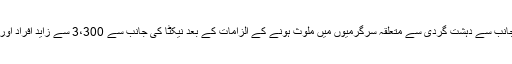
انہوں نے کہا کہ حکام کی جانب سے دہشت گردی سے متعلقہ سرگرمیوں میں ملوث ہونے کے الزامات کے بعد نیکٹا کی جانب سے 3،300 سے زاید افراد اور تنظیموں کے نام آئے تھے۔